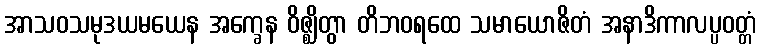
အာသဝသမုဒယမယေန အက္ခေန ဝိဇ္ဈိတွာ တိဘဝရထေ သမာယောဇိတံ အနာဒိကာလပ္ပဝတ္တံ